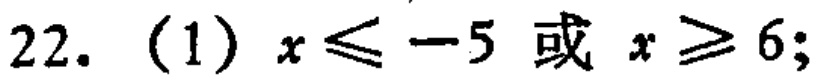
22. (1) \(x\leqslant - 5\) 或 \(x\geqslant 6\);